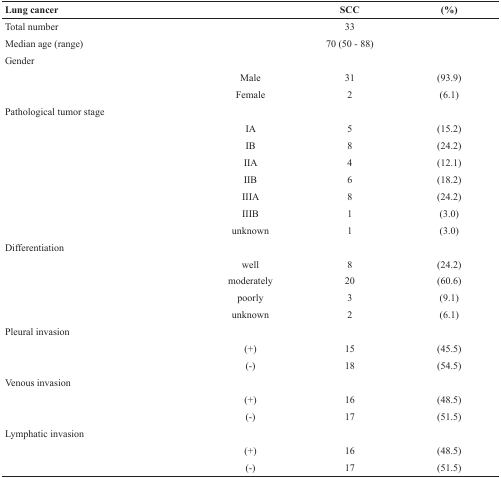
<table><thead><tr><td><b>Lung cancer</b></td><td></td><td><b>SCC</b></td><td><b>(%)</b></td></tr></thead><tbody><tr><td>Total number</td><td></td><td>33</td><td></td></tr><tr><td>Median age (range)</td><td></td><td>70 (50 - 88)</td><td></td></tr><tr><td>Gender</td><td></td><td></td><td></td></tr><tr><td></td><td>Male</td><td>31</td><td>(93.9)</td></tr><tr><td></td><td>Female</td><td>2</td><td>(6.1)</td></tr><tr><td>Pathological tumor stage</td><td></td><td></td><td></td></tr><tr><td></td><td>IA</td><td>5</td><td>(15.2)</td></tr><tr><td></td><td>IB</td><td>8</td><td>(24.2)</td></tr><tr><td></td><td>IIA</td><td>4</td><td>(12.1)</td></tr><tr><td></td><td>IIB</td><td>6</td><td>(18.2)</td></tr><tr><td></td><td>IIIA</td><td>8</td><td>(24.2)</td></tr><tr><td></td><td>IIIB</td><td>1</td><td>(3.0)</td></tr><tr><td></td><td>unknown</td><td>1</td><td>(3.0)</td></tr><tr><td>Differentiation</td><td></td><td></td><td></td></tr><tr><td></td><td>well</td><td>8</td><td>(24.2)</td></tr><tr><td></td><td>moderately</td><td>20</td><td>(60.6)</td></tr><tr><td></td><td>poorly</td><td>3</td><td>(9.1)</td></tr><tr><td></td><td>unknown</td><td>2</td><td>(6.1)</td></tr><tr><td>Pleural invasion</td><td></td><td></td><td></td></tr><tr><td></td><td>(+)</td><td>15</td><td>(45.5)</td></tr><tr><td></td><td>(−)</td><td>18</td><td>(54.5)</td></tr><tr><td>Venous invasion</td><td></td><td></td><td></td></tr><tr><td></td><td>(+)</td><td>16</td><td>(48.5)</td></tr><tr><td></td><td>(−)</td><td>17</td><td>(51.5)</td></tr><tr><td>Lymphatic invasion</td><td></td><td></td><td></td></tr><tr><td></td><td>(+)</td><td>16</td><td>(48.5)</td></tr><tr><td></td><td>(−)</td><td>17</td><td>(51.5)</td></tr></tbody></table>